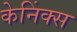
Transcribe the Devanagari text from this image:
केनिंक्स